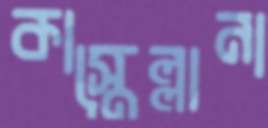
কাস্তেল্লানা